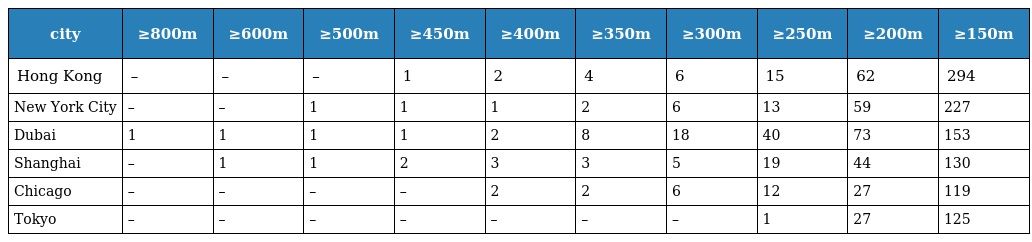
| city | ≥800m | ≥600m | ≥500m | ≥450m | ≥400m | ≥350m | ≥300m | ≥250m | ≥200m | ≥150m |
 | --- | --- | --- | --- | --- | --- | --- | --- | --- | --- | --- |
 | Hong Kong | – | – | – | 1 | 2 | 4 | 6 | 15 | 62 | 294 |
 | New York City | – | – | 1 | 1 | 1 | 2 | 6 | 13 | 59 | 227 |
 | Dubai | 1 | 1 | 1 | 1 | 2 | 8 | 18 | 40 | 73 | 153 |
 | Shanghai | – | 1 | 1 | 2 | 3 | 3 | 5 | 19 | 44 | 130 |
 | Chicago | – | – | – | – | 2 | 2 | 6 | 12 | 27 | 119 |
 | Tokyo | – | – | – | – | – | – | – | 1 | 27 | 125 |